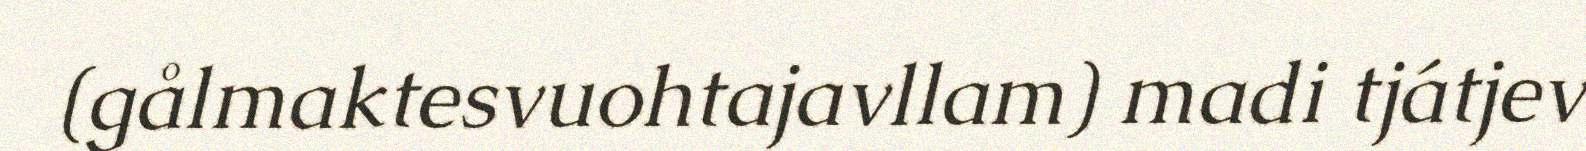
(gålmaktesvuohtajavllam) madi tjátjev